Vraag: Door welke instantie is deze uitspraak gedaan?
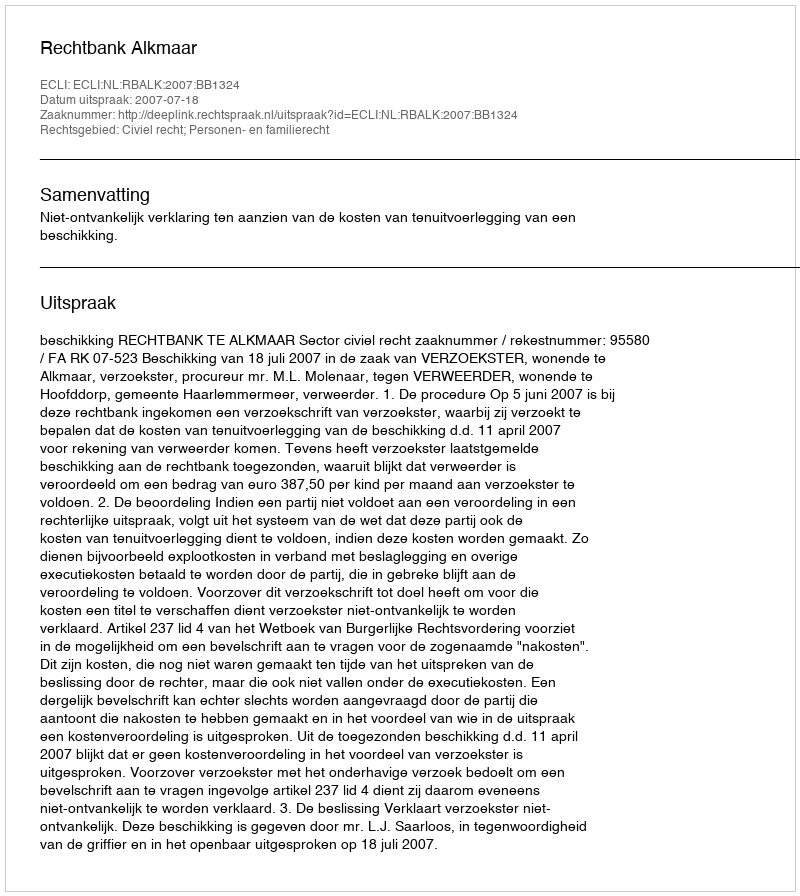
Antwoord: Rechtbank Alkmaar